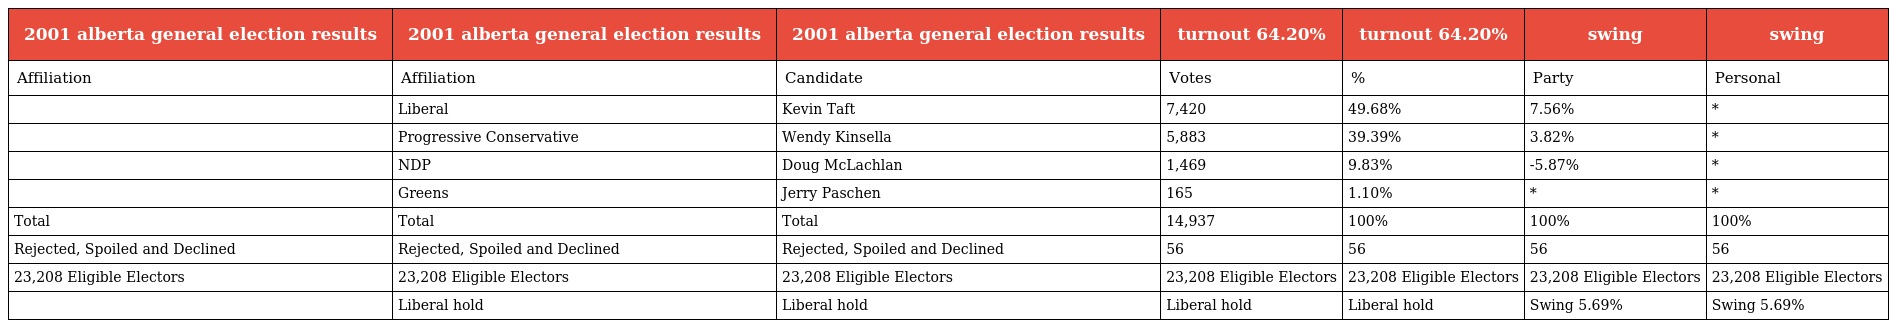
| 2001 alberta general election results | 2001 alberta general election results | 2001 alberta general election results | turnout 64.20% | turnout 64.20% | swing | swing |
 | --- | --- | --- | --- | --- | --- | --- |
 | Affiliation | Affiliation | Candidate | Votes | % | Party | Personal |
 |  | Liberal | Kevin Taft | 7,420 | 49.68% | 7.56% | * |
 |  | Progressive Conservative | Wendy Kinsella | 5,883 | 39.39% | 3.82% | * |
 |  | NDP | Doug McLachlan | 1,469 | 9.83% | -5.87% | * |
 |  | Greens | Jerry Paschen | 165 | 1.10% | * | * |
 | Total | Total | Total | 14,937 | 100% | 100% | 100% |
 | Rejected, Spoiled and Declined | Rejected, Spoiled and Declined | Rejected, Spoiled and Declined | 56 | 56 | 56 | 56 |
 | 23,208 Eligible Electors | 23,208 Eligible Electors | 23,208 Eligible Electors | 23,208 Eligible Electors | 23,208 Eligible Electors | 23,208 Eligible Electors | 23,208 Eligible Electors |
 |  | Liberal hold | Liberal hold | Liberal hold | Liberal hold | Swing 5.69% | Swing 5.69% |